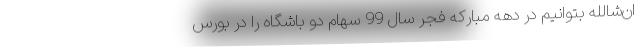
ان‌شالله بتوانیم در دهه مبارکه فجر سال 99 سهام دو باشگاه را در بورس